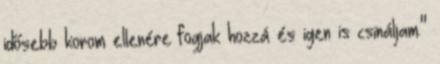
idősebb korom ellenére fogjak hozzá és igen is csináljam."